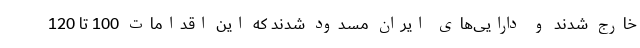
خارج شدند و دارایی‌های ایران مسدود شدند که این اقدامات 100 تا 120